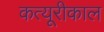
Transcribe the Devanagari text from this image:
कत्यूरीकाल